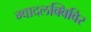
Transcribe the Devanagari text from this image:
ग्वादलक्विविर